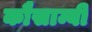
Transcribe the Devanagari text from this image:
कौसाम्बी